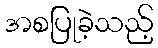
အစပြုခဲ့သည့်